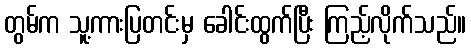
တွမ်က သူ့ကားပြတင်းမှ ခေါင်းထွက်ပြီး ကြည့်လိုက်သည်။